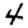
Digit: 4